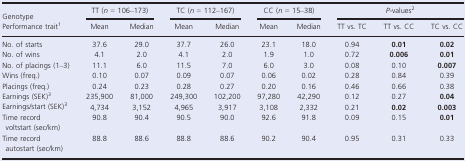
<table><thead><tr><td><b>Genotype</b></td><td colspan="2"><b>TT (<i>n</i> = 106–173)</b></td><td colspan="2"><b>TC (<i>n</i> = 112–167)</b></td><td colspan="2"><b>CC (<i>n</i> = 15–38)</b></td><td colspan="3"><b><i>P‐</i>valuesb</b></td></tr><tr><td><b>Performance traita</b></td><td><b>Mean</b></td><td><b>Median</b></td><td><b>Mean</b></td><td><b>Median</b></td><td><b>Mean</b></td><td><b>Median</b></td><td><b>TT vs. TC</b></td><td><b>TT vs. CC</b></td><td><b>TC vs. CC</b></td></tr></thead><tbody><tr><td>No. of starts</td><td>37.6</td><td>29.0</td><td>37.7</td><td>26.0</td><td>23.1</td><td>18.0</td><td>0.94</td><td><b>0.01</b></td><td><b>0.02</b></td></tr><tr><td>No. of wins</td><td>4.1</td><td>2.0</td><td>4.1</td><td>2.0</td><td>1.9</td><td>1.0</td><td>0.72</td><td><b>0.006</b></td><td><b>0.01</b></td></tr><tr><td>No. of placings (1–3)</td><td>11.1</td><td>6.0</td><td>11.5</td><td>7.0</td><td>6.0</td><td>3.0</td><td>0.08</td><td>0.10</td><td><b>0.007</b></td></tr><tr><td>Wins (freq.)</td><td>0.10</td><td>0.07</td><td>0.09</td><td>0.07</td><td>0.06</td><td>0.02</td><td>0.28</td><td>0.84</td><td>0.39</td></tr><tr><td>Placings (freq.)</td><td>0.24</td><td>0.23</td><td>0.28</td><td>0.27</td><td>0.20</td><td>0.16</td><td>0.46</td><td>0.66</td><td>0.38</td></tr><tr><td>Earnings (SEK)c</td><td>235,900</td><td>81,000</td><td>249,300</td><td>102,200</td><td>97,280</td><td>42,290</td><td>0.12</td><td>0.27</td><td><b>0.04</b></td></tr><tr><td>Earnings/start (SEK)c</td><td>4,734</td><td>3,152</td><td>4,965</td><td>3,917</td><td>3,108</td><td>2,332</td><td>0.21</td><td><b>0.02</b></td><td><b>0.003</b></td></tr><tr><td>Time record voltstart (sec/km)</td><td>90.8</td><td>90.4</td><td>90.5</td><td>90.0</td><td>92.6</td><td>91.8</td><td>0.09</td><td>0.15</td><td><b>0.01</b></td></tr><tr><td>Time record autostart (sec/km)</td><td>88.8</td><td>88.6</td><td>88.8</td><td>88.6</td><td>90.2</td><td>90.4</td><td>0.95</td><td>0.31</td><td>0.33</td></tr></tbody></table>